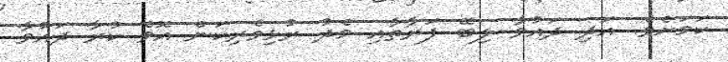
ކަމަށެވެ. އަދި ދައުވާ ލިބޭ ފަރާތާއި މެދު ރުޅިވެރިކަން އޮވެ ކުރާ ދަައުވާ